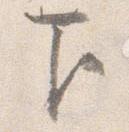
下